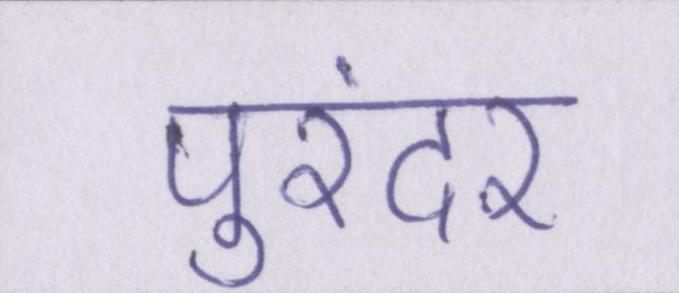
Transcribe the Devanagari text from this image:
पुरंदर